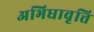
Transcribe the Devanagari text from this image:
अभिधावृत्ति